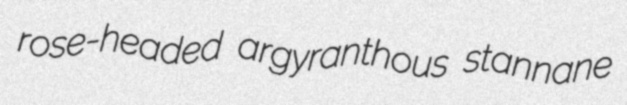
rose-headed argyranthous stannane